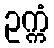
ဥက္ကံ